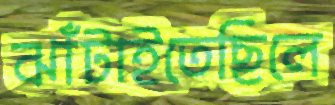
ঝাঁটাইতেছিলে